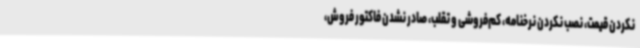
نکردن قیمت، نصب نکردن نرخنامه، کم‌فروشی و تقلب، صادر نشدن فاکتور فروش،